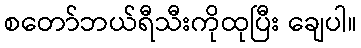
စတော်ဘယ်ရီသီးကိုထုပြီး ချေပါ။